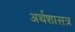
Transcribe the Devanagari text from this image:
अर्थशासत्र